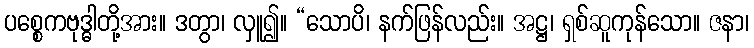
ပစ္စေကဗုဒ္ဓါတို့အား။ ဒတွာ၊ လှူ၍။ “သောပိ၊ နက်ဖြန်လည်း။ အဋ္ဌ၊ ရှစ်ဆူကုန်သော။ ဇနာ၊